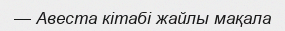
— Авеста кітабі жайлы мақала